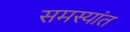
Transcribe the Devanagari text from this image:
समस्यांत